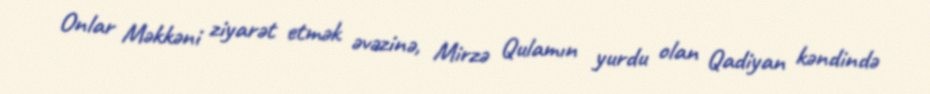
Onlar Məkkəni ziyarət etmək əvəzinə, Mirzə Qulamın yurdu olan Qadiyan kəndində